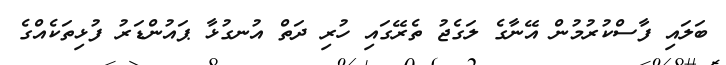
ބަލައި ފާސްކުރުމުން އޭނާގެ ލަގެޖު ތެރޭގައި ހުރި ދަތް އުނގުޅާ ޕައުންޑަރު ފުޅިތަކެއްގެ